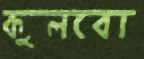
কুলবো